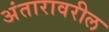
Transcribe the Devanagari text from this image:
अंतारावरील